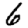
Digit: 6